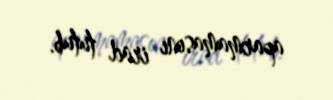
aparmamasını irad tutub.